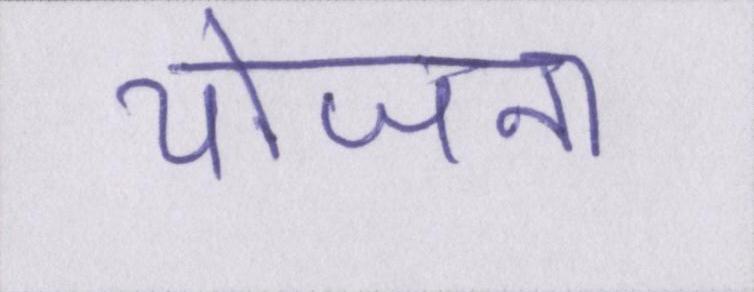
योजना